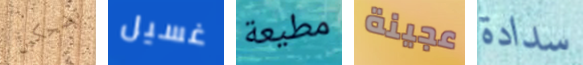
تضحكين غسيل مطيعة عجينة سدادة